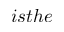
i s t h e